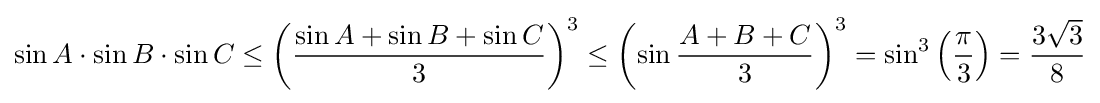
\sin A\cdot \sin B\cdot \sin C\leq \left({\frac {\sin A+\sin B+\sin C}{3}}\right)^{3}\leq \left(\sin {\frac {A+B+C}{3}}\right)^{3}=\sin ^{3}\left({\frac {\pi }{3}}\right)={\frac {3{\sqrt {3}}}{8}}